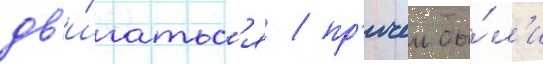
дв'и́гатьс'я / пр'ичем бы́л'и